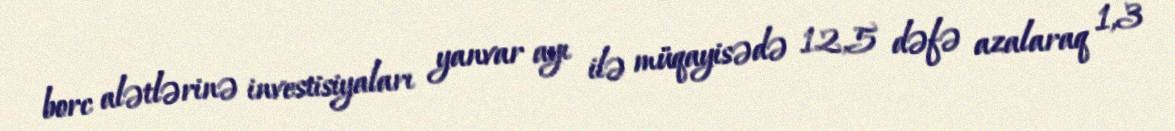
borc alətlərinə investisiyaları yanvar ayı ilə müqayisədə 12,5 dəfə azalaraq 1,3